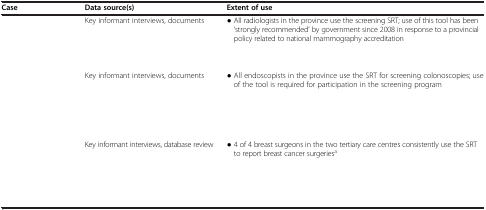
<table><thead><tr><td><b>Case</b></td><td><b>Data source(s)</b></td><td><b>Extent of use</b></td></tr></thead><tbody><tr><td rowspan="2">[EMPTY_CELL]</td><td rowspan="2">Key informant interviews, documents</td><td>● All radiologists in the province use the screening SRT; use of this tool has been ‘strongly recommended’ by government since 2008 in response to a provincial policy related to national mammography accreditation</td></tr><tr><td>[EMPTY_CELL]</td></tr><tr><td rowspan="3">[EMPTY_CELL]</td><td rowspan="3">Key informant interviews, documents</td><td>● All endoscopists in the province use the SRT for screening colonoscopies; use of the tool is required for participation in the screening program</td></tr><tr><td>[EMPTY_CELL]</td></tr><tr><td>[EMPTY_CELL]</td></tr><tr><td rowspan="3">[EMPTY_CELL]</td><td rowspan="3">Key informant interviews, database review</td><td>● 4 of 4 breast surgeons in the two tertiary care centres consistently use the SRT to report breast cancer surgeries<sup>a</sup></td></tr><tr><td>[EMPTY_CELL]</td></tr><tr><td>[EMPTY_CELL]</td></tr></tbody></table>